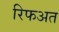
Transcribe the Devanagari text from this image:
रिफअत